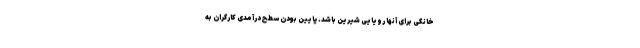
خانگی برای آنها رویایی شیرین باشد. پایین بودن سطح درآمدی کارگران به